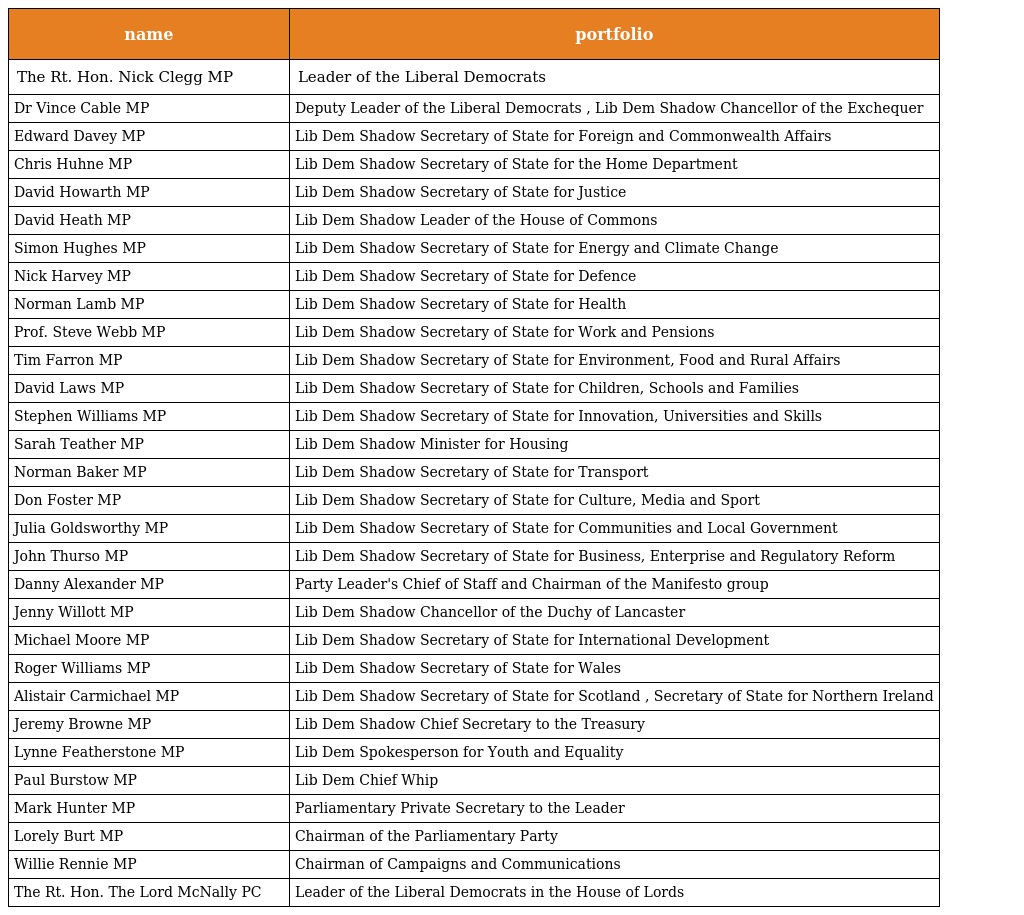
| name | portfolio |
 | --- | --- |
 | The Rt. Hon. Nick Clegg MP | Leader of the Liberal Democrats |
 | Dr Vince Cable MP | Deputy Leader of the Liberal Democrats , Lib Dem Shadow Chancellor of the Exchequer |
 | Edward Davey MP | Lib Dem Shadow Secretary of State for Foreign and Commonwealth Affairs |
 | Chris Huhne MP | Lib Dem Shadow Secretary of State for the Home Department |
 | David Howarth MP | Lib Dem Shadow Secretary of State for Justice |
 | David Heath MP | Lib Dem Shadow Leader of the House of Commons |
 | Simon Hughes MP | Lib Dem Shadow Secretary of State for Energy and Climate Change |
 | Nick Harvey MP | Lib Dem Shadow Secretary of State for Defence |
 | Norman Lamb MP | Lib Dem Shadow Secretary of State for Health |
 | Prof. Steve Webb MP | Lib Dem Shadow Secretary of State for Work and Pensions |
 | Tim Farron MP | Lib Dem Shadow Secretary of State for Environment, Food and Rural Affairs |
 | David Laws MP | Lib Dem Shadow Secretary of State for Children, Schools and Families |
 | Stephen Williams MP | Lib Dem Shadow Secretary of State for Innovation, Universities and Skills |
 | Sarah Teather MP | Lib Dem Shadow Minister for Housing |
 | Norman Baker MP | Lib Dem Shadow Secretary of State for Transport |
 | Don Foster MP | Lib Dem Shadow Secretary of State for Culture, Media and Sport |
 | Julia Goldsworthy MP | Lib Dem Shadow Secretary of State for Communities and Local Government |
 | John Thurso MP | Lib Dem Shadow Secretary of State for Business, Enterprise and Regulatory Reform |
 | Danny Alexander MP | Party Leader's Chief of Staff and Chairman of the Manifesto group |
 | Jenny Willott MP | Lib Dem Shadow Chancellor of the Duchy of Lancaster |
 | Michael Moore MP | Lib Dem Shadow Secretary of State for International Development |
 | Roger Williams MP | Lib Dem Shadow Secretary of State for Wales |
 | Alistair Carmichael MP | Lib Dem Shadow Secretary of State for Scotland , Secretary of State for Northern Ireland |
 | Jeremy Browne MP | Lib Dem Shadow Chief Secretary to the Treasury |
 | Lynne Featherstone MP | Lib Dem Spokesperson for Youth and Equality |
 | Paul Burstow MP | Lib Dem Chief Whip |
 | Mark Hunter MP | Parliamentary Private Secretary to the Leader |
 | Lorely Burt MP | Chairman of the Parliamentary Party |
 | Willie Rennie MP | Chairman of Campaigns and Communications |
 | The Rt. Hon. The Lord McNally PC | Leader of the Liberal Democrats in the House of Lords |